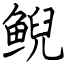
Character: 鲵